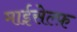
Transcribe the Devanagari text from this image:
माईसेल्फ़